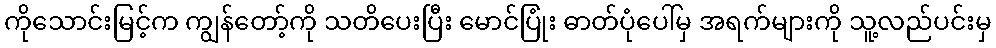
ကိုသောင်းမြင့်က ကျွန်တော့်ကို သတိပေးပြီး မောင်ပြုံး ဓာတ်ပုံပေါ်မှ အရက်များကို သူ့လည်ပင်းမှ